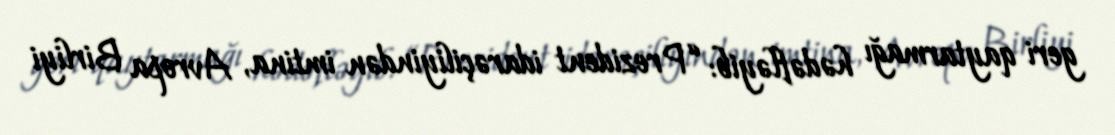
geri qaytarmağı hədəfləyib: “Prezident idarəçiliyindən imtina, Avropa Birliyi